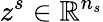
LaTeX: z^{s}\in\mathbb{R}^{n_{s}}